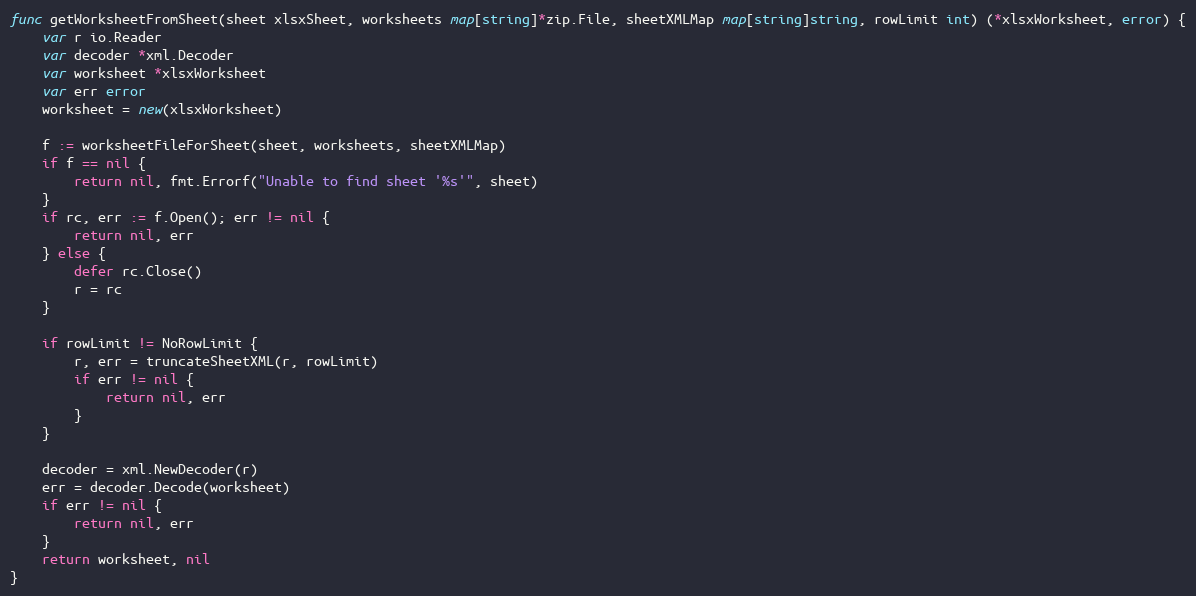
Language: Go
func getWorksheetFromSheet(sheet xlsxSheet, worksheets map[string]*zip.File, sheetXMLMap map[string]string, rowLimit int) (*xlsxWorksheet, error) {
	var r io.Reader
	var decoder *xml.Decoder
	var worksheet *xlsxWorksheet
	var err error
	worksheet = new(xlsxWorksheet)

	f := worksheetFileForSheet(sheet, worksheets, sheetXMLMap)
	if f == nil {
		return nil, fmt.Errorf("Unable to find sheet '%s'", sheet)
	}
	if rc, err := f.Open(); err != nil {
		return nil, err
	} else {
		defer rc.Close()
		r = rc
	}

	if rowLimit != NoRowLimit {
		r, err = truncateSheetXML(r, rowLimit)
		if err != nil {
			return nil, err
		}
	}

	decoder = xml.NewDecoder(r)
	err = decoder.Decode(worksheet)
	if err != nil {
		return nil, err
	}
	return worksheet, nil
}